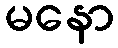
မနော